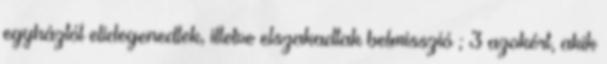
egyháztól elidegenedtek, illetve elszakadtak belmisszió ; 3 azokért, akik